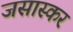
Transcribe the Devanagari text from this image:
जसास्कर